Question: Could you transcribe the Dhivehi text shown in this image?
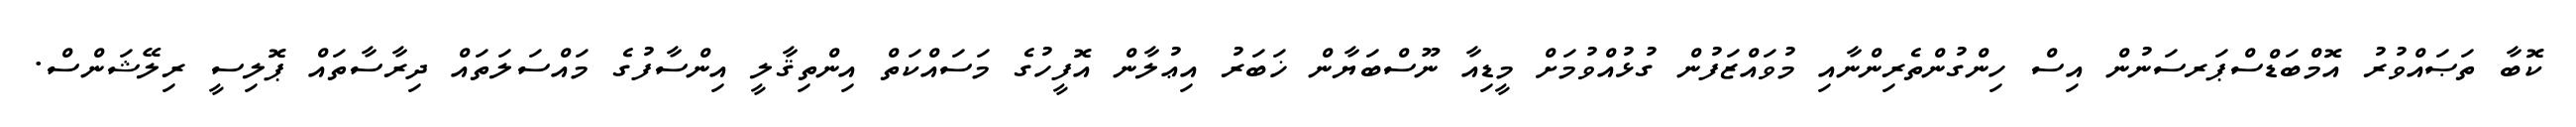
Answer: ކޮބާ ތަޞައްވުރު އޮމްބަޑްސްޕަރސަނުން އިސް ހިންގުންތެރިންނާއި މުވައްޒަފުން ގުޅުއްވުމަށް މީޑިއާ ނޫސްބަޔާން ޚަބަރު އިޢުލާން އޮފީހުގެ މަސައްކަތް އިންތިޤާލީ އިންސާފުގެ މައްސަލަތައް ދިރާސާތައް ޕޮލިސީ ރިލޭޝަންސް.